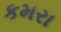
કમરા